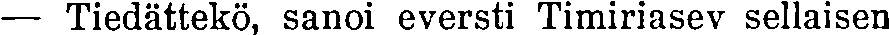
— Tiedättekö, sanoi eversti Timiriasev sellaisen